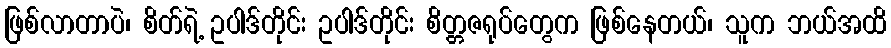
ဖြစ်လာတာပဲ၊ စိတ်ရဲ့ ဥပါဒ်တိုင်း ဥပါဒ်တိုင်း စိတ္တဇရုပ်တွေက ဖြစ်နေတယ်၊ သူက ဘယ်အထိ